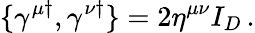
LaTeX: \{ \gamma^{\mu\dagger},\gamma^{\nu\dagger}\} =2\eta^{\mu\nu}I_{D}\, .